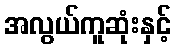
အလွယ်ကူဆုံးနှင့်